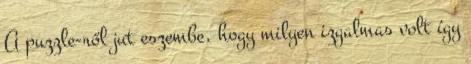
A puzzle-ről jut eszembe, hogy milyen izgalmas volt így